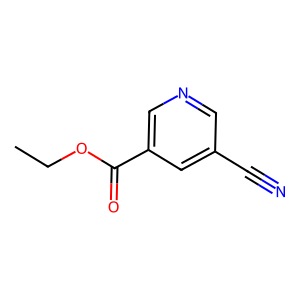
SMILES: CCOC(=O)c1cncc(C#N)c1
Inhibits HIV replication: No